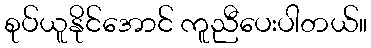
စုပ်ယူနိုင်အောင် ကူညီပေးပါတယ်။